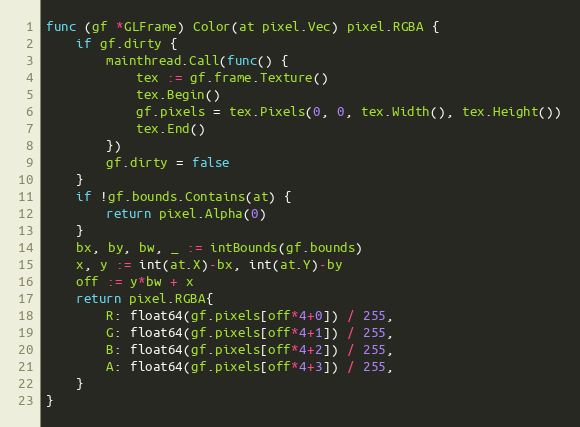
Language: Go
func (gf *GLFrame) Color(at pixel.Vec) pixel.RGBA {
	if gf.dirty {
		mainthread.Call(func() {
			tex := gf.frame.Texture()
			tex.Begin()
			gf.pixels = tex.Pixels(0, 0, tex.Width(), tex.Height())
			tex.End()
		})
		gf.dirty = false
	}
	if !gf.bounds.Contains(at) {
		return pixel.Alpha(0)
	}
	bx, by, bw, _ := intBounds(gf.bounds)
	x, y := int(at.X)-bx, int(at.Y)-by
	off := y*bw + x
	return pixel.RGBA{
		R: float64(gf.pixels[off*4+0]) / 255,
		G: float64(gf.pixels[off*4+1]) / 255,
		B: float64(gf.pixels[off*4+2]) / 255,
		A: float64(gf.pixels[off*4+3]) / 255,
	}
}